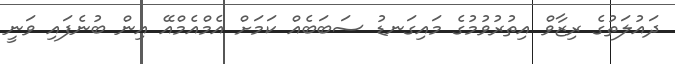
ދައުލަތުގެ ރިޒާވް އިތުރުވުމުގެ މައިގަނޑު ސަބަބެއް ކަމަށް އެމްއެމްއޭ އިން ބުނެފައި ވަނީ